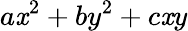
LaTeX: a\mathit{x}^{2}+by^{2}+c\mathit{x}y